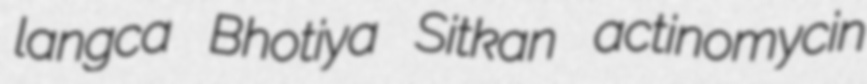
langca Bhotiya Sitkan actinomycin